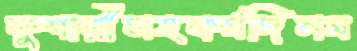
কুশারীসহকর্মদিনম